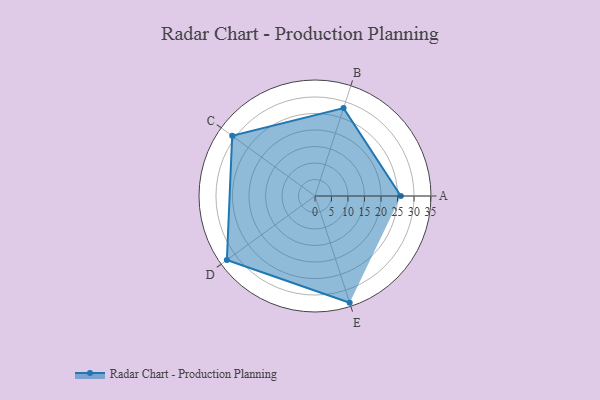
{"axis": {"x": "Skill", "y": "Score"}, "legend": ["Profile"], "data": [{"x": "A", "y": 26.0, "type": "Profile"}, {"x": "B", "y": 28.0, "type": "Profile"}, {"x": "C", "y": 31.0, "type": "Profile"}, {"x": "D", "y": 33.0, "type": "Profile"}, {"x": "E", "y": 34.0, "type": "Profile"}]}